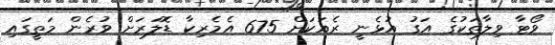
ވޯޓާ ވިލާތަކުގެ އަގު އުޅެނީ ރެއަކަށް 675 އެމެރިކާ ޑޮލަރަށް ވުރެން މަތީގައި